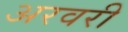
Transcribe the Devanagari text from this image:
अरवरी